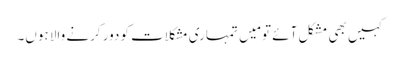
کہیں بھی مشکل آئے تو مَیں تمہاری مشکلات کو دور کرنے والا ہوں۔